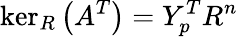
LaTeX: \ker_{R}\left(A^{T}\right)=Y_{p}^{T}R^{n}